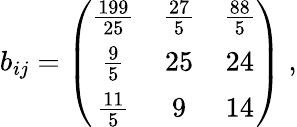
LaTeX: b_{ij}=\left(\begin{array}{ccc}{{{\frac{199}{25}}}}&{{{\frac{27}{5}}}}&{{{\frac{88}{5}}}}\\ {{{\frac{9}{5}}}}&{{25}}&{{24}}\\ {{{\frac{11}{5}}}}&{{9}}&{{14}}\end{array}\right)\; ,